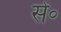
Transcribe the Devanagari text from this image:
सें॰